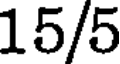
15/5